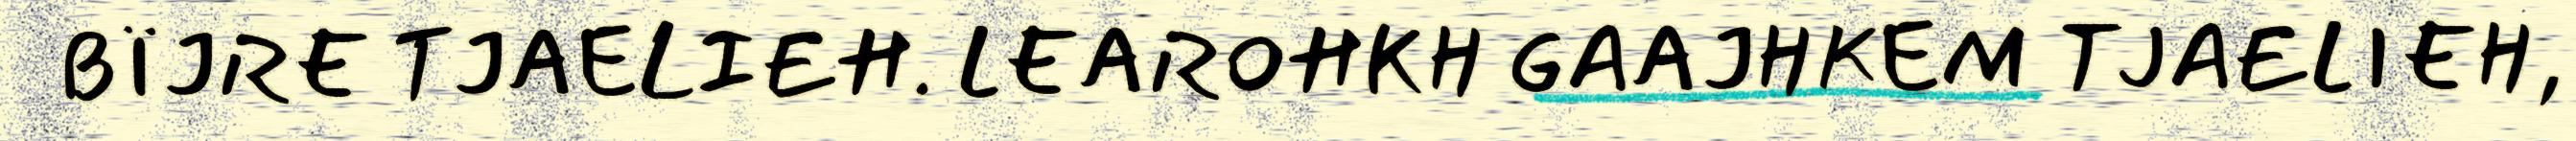
BÏJRE TJAELIEH. LEAROHKH GAAJHKEM TJAELIEH,